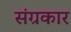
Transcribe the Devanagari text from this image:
संग्रकार